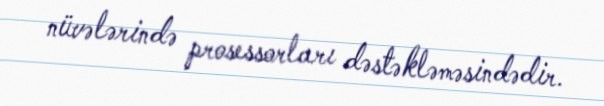
nüvələrində prosessorları dəstəkləməsindədir.